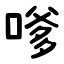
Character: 嗲